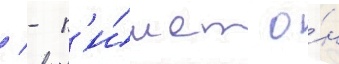
/ - п'и́шет о́н